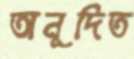
অনূদিত